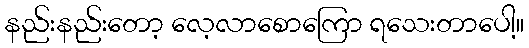
နည်းနည်းတော့ လေ့လာစောကြော ရသေးတာပေါ့။